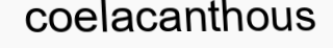
coelacanthous